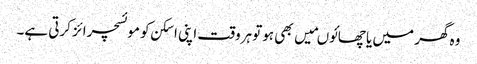
وہ گھر میں یا چھائوںمیں بھی ہوتو ہروقت اپنی اسکن کو موئسچرائز کرتی ہے۔